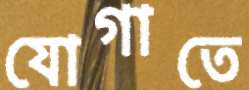
যোগাতে